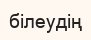
білеудің